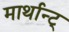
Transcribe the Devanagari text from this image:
मार्थान्ट्